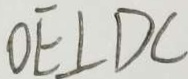
O E \bot D C